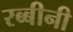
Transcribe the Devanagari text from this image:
रब्बीनी